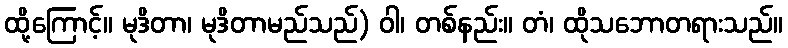
ထို့ကြောင့်။ မုဒိတာ၊ မုဒိတာမည်သည်) ဝါ၊ တစ်နည်း။ တံ၊ ထိုသဘောတရားသည်။